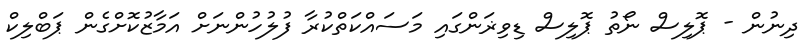
ދިނުން - ޕޮލިސް ނޯތު ޕޮލިސް ޑިވިޜަންގައި މަސައްކަތްކުރާ ފުލުހުންނަށް އަމާޒުކޮށްގެން ޕަބްލިކް